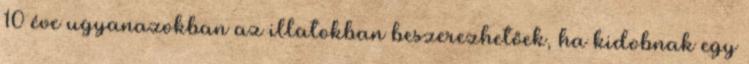
10 éve ugyanazokban az illatokban beszerezhetőek, ha kidobnak egy